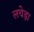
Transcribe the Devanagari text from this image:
लथेड़ा